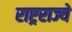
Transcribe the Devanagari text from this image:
राष्ट्रराज्ये